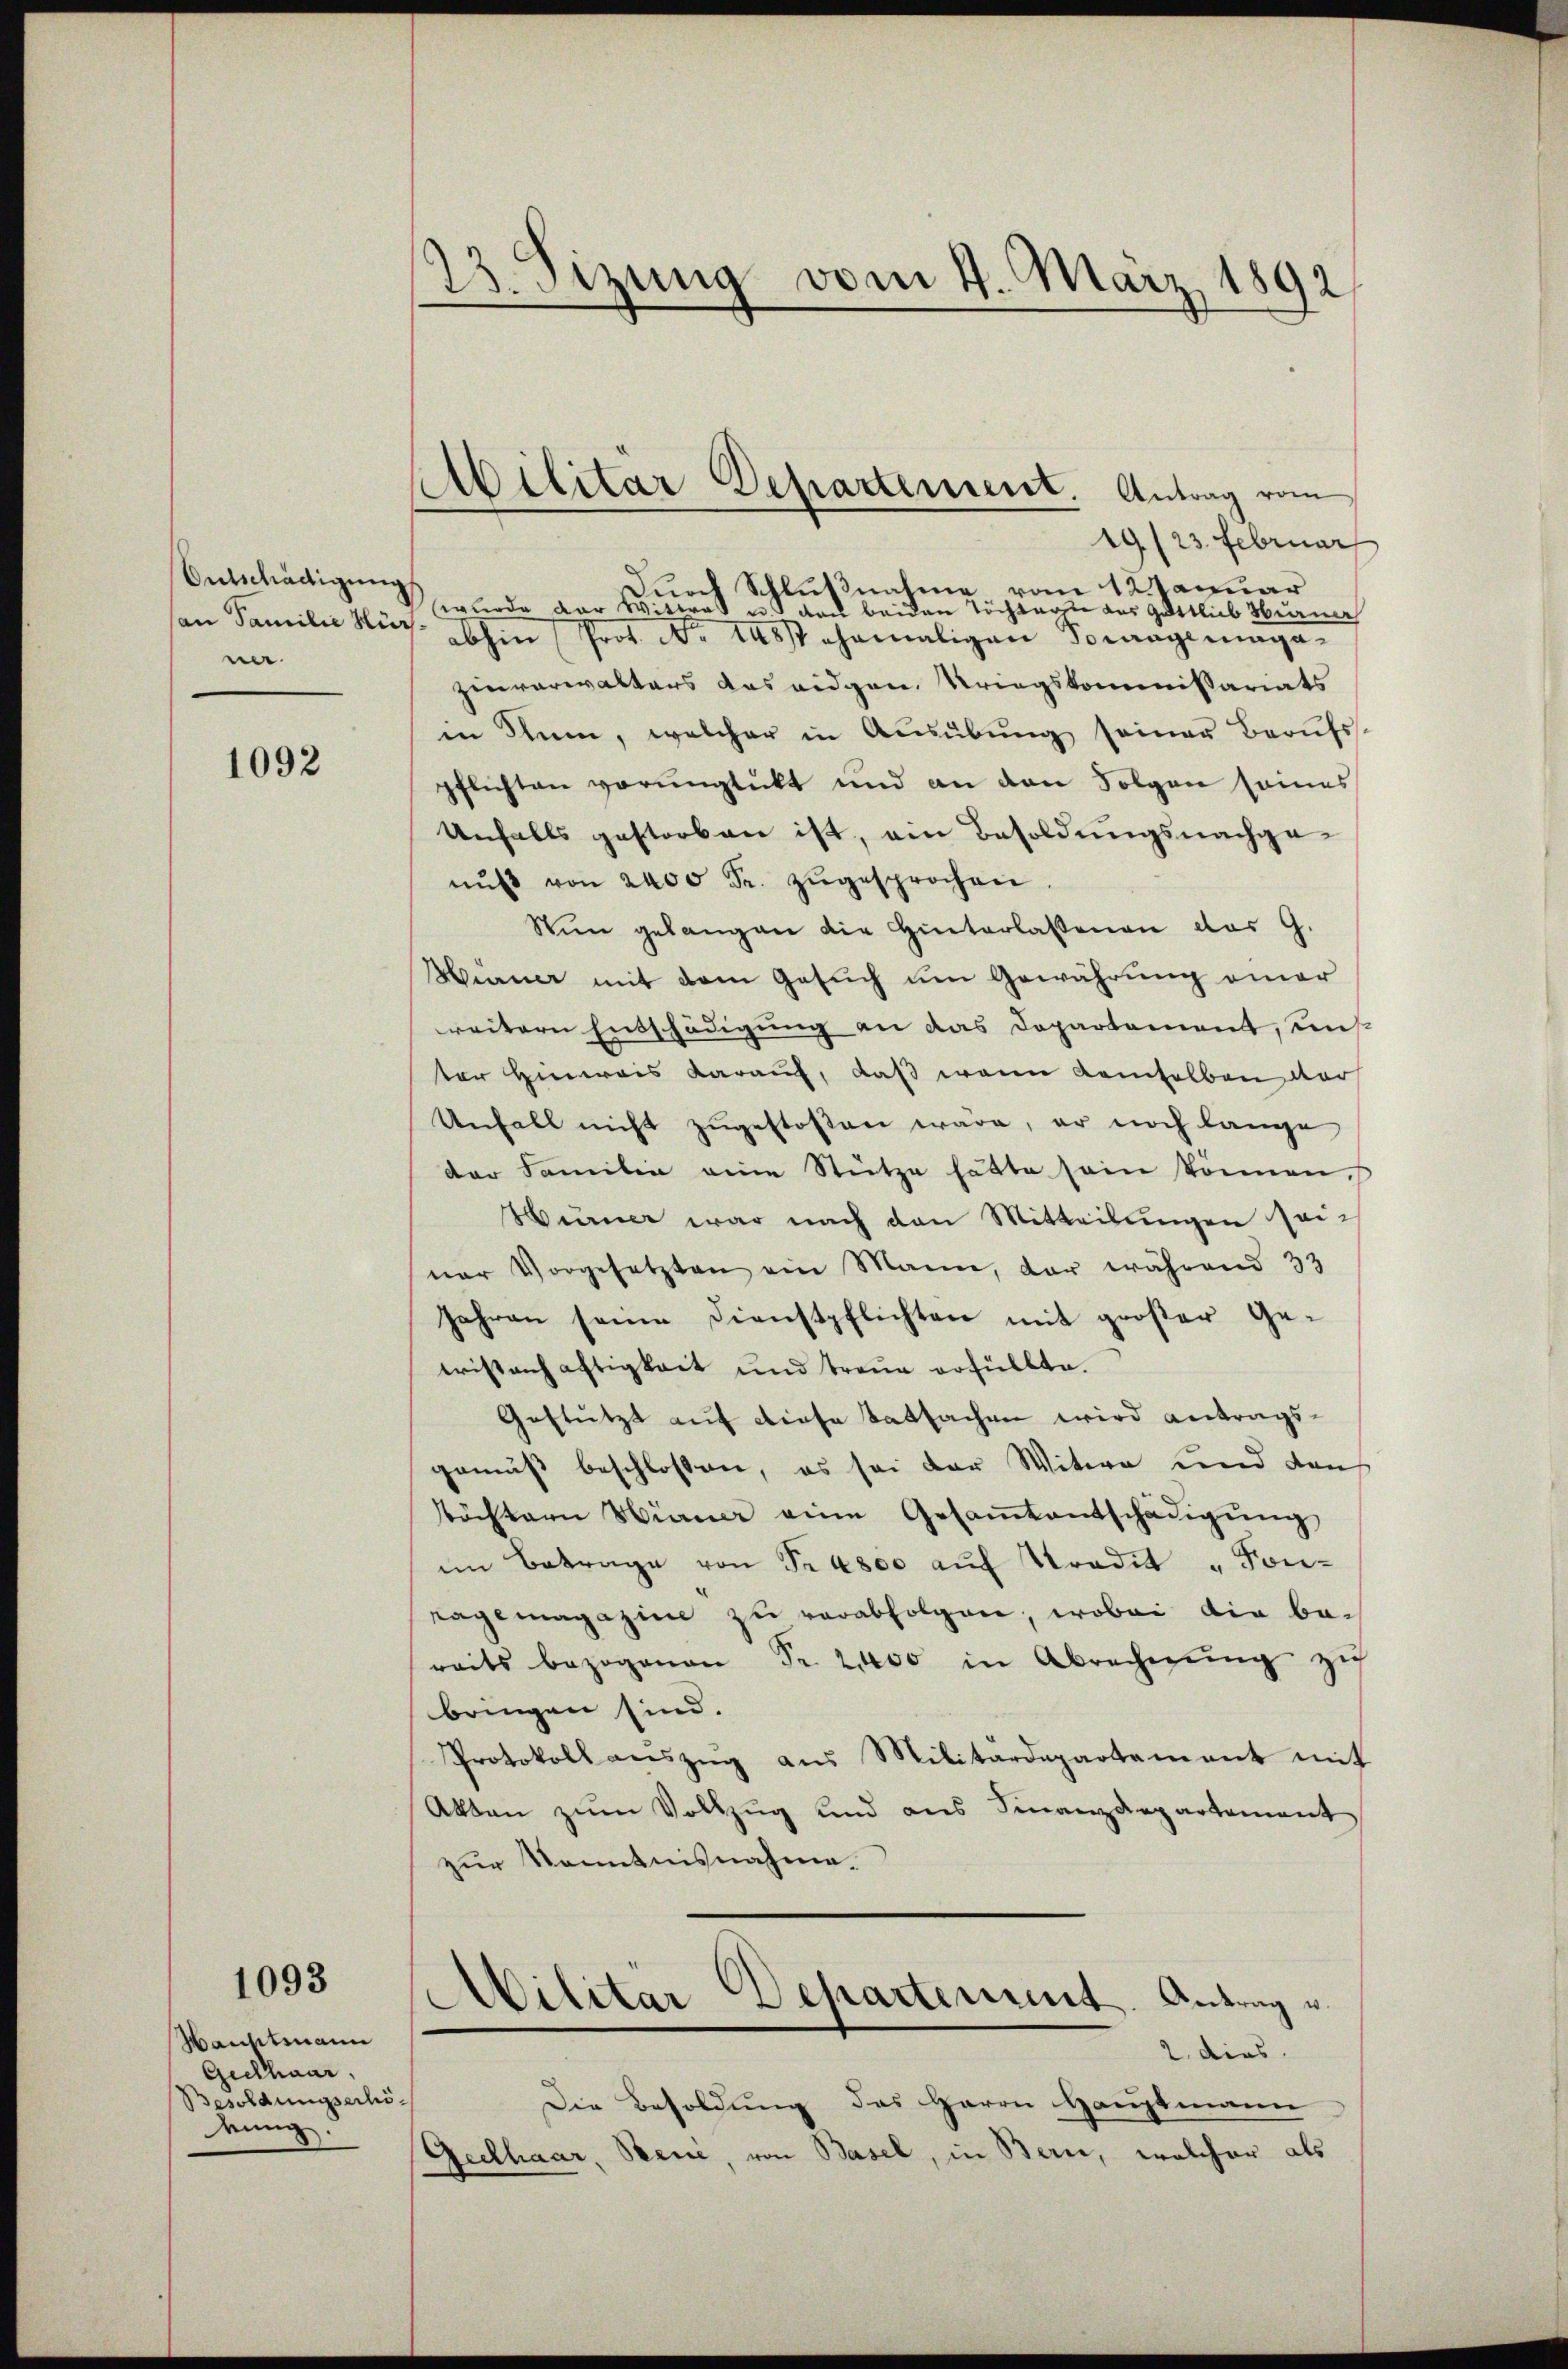
Ontschädigung
an Familie Hür
ner.

1092

1093

Hauptmann
Geckhaar,
Besoldungserhö
mung.

123. Sizung vom 4. März 1892

Militar Departement. Antrag vom

19/23. Februar
Durch Schlußnahme vom 12 Januar
wurde der Wittes u. den beiden Töchtage des Gottlieb Huene
abhin Prof. No 15t ehemaligen Sommagemaga
zinverwalters das eidgen. Kriegskommissariats
in Thun, welcher in Ausübung seiner Berufss
pflichten vorunglückt und an den Folgen seines
Unfalls gestorben ist, am Besoldungsnachgenuß von 2400 Fr. zugesprochen
Wien gelangen die Hinterlassenen das G.
Hauer mit dem Gesuch um Gewährung einer
reitern Entschädigung an das Departement, unt
ter Hinweis darauf, daß wenn demselben der
Unfall nicht zŭgestossen wäre, er noch lange
der Familie eine Stütze hätte sein können.
Hüner war nach den Mitteilungen seiner Vorgesetzten ein Mann, dar während 33
Jahren seine Dienstpflichten mit großer Ge-
cristenhaftigkeit und treue erfüllte.
Gestützt auf diese Tatsachen wird antragsgemäß beschlossen, es sei der Witwe und den
töchtern Hüner eine Gesamtentschädigŭng
im Betrage von Pr 4800 auf Tradit "Fon-
ragemagazine zu verabfolgen, wobei die bereits bezogenen Nr. 2400 in Abrechnŭng zu
bringen sind.
Protokoll aŭszŭg aŭs Militärdepartement mit
Akten zum Vollzug und aus Finanzdepartement
zur Kenntnisnahme.
Militar Departement. Antrag u
2. dies
Die Besoldung des Herrn Hauptmann
Geelhaar, Bene, von Basel, in Bern, welcher als